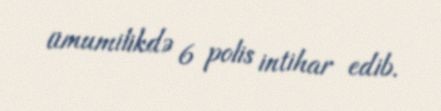
ümumilikdə 6 polis intihar edib.